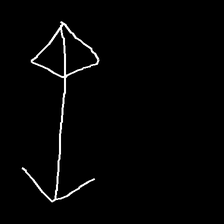
Glyph: focus